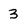
Character: 3